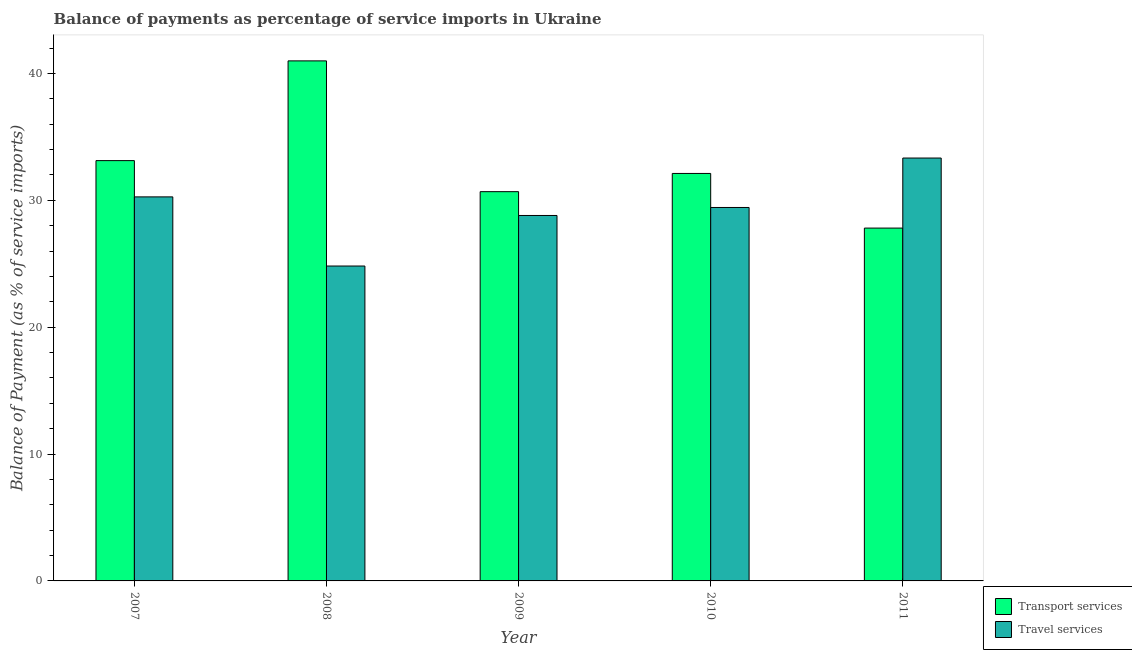
| Year | Transport services | Travel services |
 | --- | --- | --- |
 | 2007 | 33.1 | 30.3 |
 | 2008 | 41 | 24.8 |
 | 2009 | 30.7 | 28.8 |
 | 2010 | 32.1 | 29.4 |
 | 2011 | 27.8 | 33.3 |